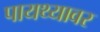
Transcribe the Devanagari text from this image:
पायथ्यावर